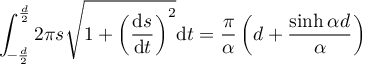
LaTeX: \int _ { - \frac { d } { 2 } } ^ { \frac { d } { 2 } } 2 \pi s \sqrt { 1 + \left( \frac { \mathrm { d } s } { \mathrm { d } t } \right) ^ { 2 } } \mathrm { d } t = \frac { \pi } { \alpha } \left( d + \frac { \sinh \alpha d } { \alpha } \right)